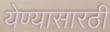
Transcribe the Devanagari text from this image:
येण्यासारठी